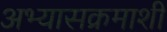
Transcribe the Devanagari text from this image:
अभ्यासक्रमाशी